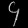
Digit: ၄